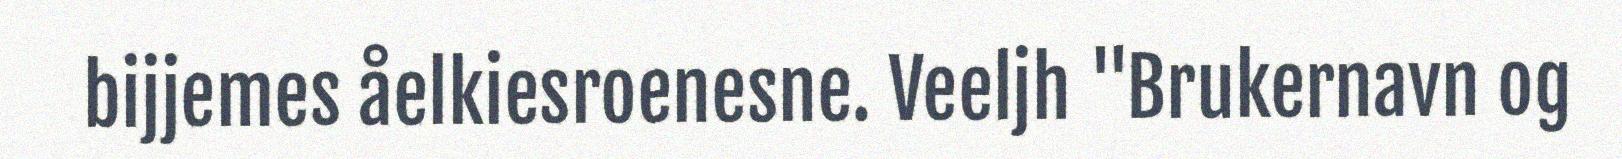
bijjemes åelkiesroenesne. Veeljh "Brukernavn og